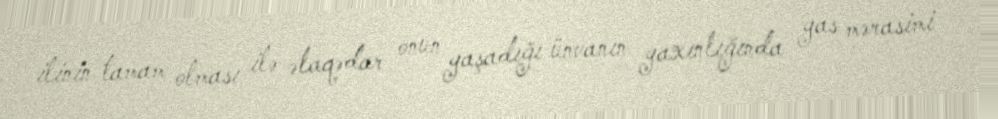
ilinin tamam olması ilə əlaqədar onun yaşadığı ünvanın yaxınlığında yas mərasimi